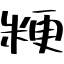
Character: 粳